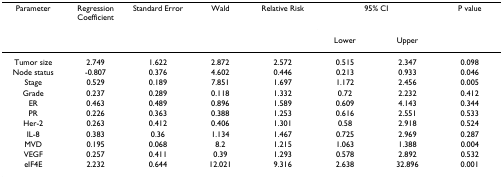
<table><thead><tr><td><b>Parameter</b></td><td><b>Regression Coefficient</b></td><td><b>Standard Error</b></td><td><b>Wald</b></td><td><b>Relative Risk</b></td><td colspan="2"><b>95% CI</b></td><td><b>P value</b></td></tr><tr><td>[EMPTY_CELL]</td><td>[EMPTY_CELL]</td><td>[EMPTY_CELL]</td><td>[EMPTY_CELL]</td><td>[EMPTY_CELL]</td><td><b>Lower</b></td><td><b>Upper</b></td><td>[EMPTY_CELL]</td></tr></thead><tbody><tr><td>Tumor size</td><td>2.749</td><td>1.622</td><td>2.872</td><td>2.572</td><td>0.515</td><td>2.347</td><td>0.098</td></tr><tr><td>Node status</td><td>-0.807</td><td>0.376</td><td>4.602</td><td>0.446</td><td>0.213</td><td>0.933</td><td>0.046</td></tr><tr><td>Stage</td><td>0.529</td><td>0.189</td><td>7.851</td><td>1.697</td><td>1.172</td><td>2.456</td><td>0.005</td></tr><tr><td>Grade</td><td>0.237</td><td>0.289</td><td>0.118</td><td>1.332</td><td>0.72</td><td>2.232</td><td>0.412</td></tr><tr><td>ER</td><td>0.463</td><td>0.489</td><td>0.896</td><td>1.589</td><td>0.609</td><td>4.143</td><td>0.344</td></tr><tr><td>PR</td><td>0.226</td><td>0.363</td><td>0.388</td><td>1.253</td><td>0.616</td><td>2.551</td><td>0.533</td></tr><tr><td>Her-2</td><td>0.263</td><td>0.412</td><td>0.406</td><td>1.301</td><td>0.58</td><td>2.918</td><td>0.524</td></tr><tr><td>IL-8</td><td>0.383</td><td>0.36</td><td>1.134</td><td>1.467</td><td>0.725</td><td>2.969</td><td>0.287</td></tr><tr><td>MVD</td><td>0.195</td><td>0.068</td><td>8.2</td><td>1.215</td><td>1.063</td><td>1.388</td><td>0.004</td></tr><tr><td>VEGF</td><td>0.257</td><td>0.411</td><td>0.39</td><td>1.293</td><td>0.578</td><td>2.892</td><td>0.532</td></tr><tr><td>eIF4E</td><td>2.232</td><td>0.644</td><td>12.021</td><td>9.316</td><td>2.638</td><td>32.896</td><td>0.001</td></tr></tbody></table>